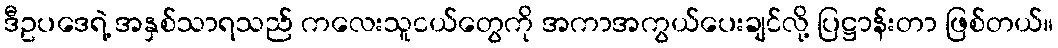
ဒီဥပဒေရဲ့ အနှစ်သာရသည် ကလေးသူငယ်တွေကို အကာအကွယ်ပေးချင်လို့ ပြဋ္ဌာန်းတာ ဖြစ်တယ်။